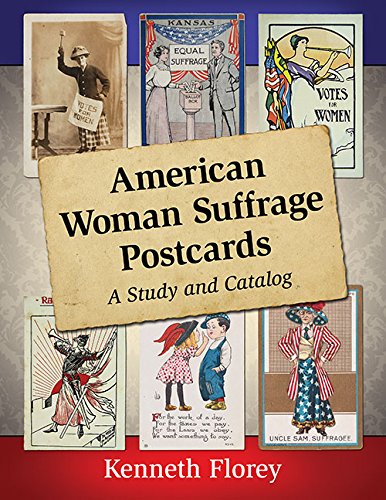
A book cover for American Woman Suffrage Postcards: A Study and Catalog; Kenneth Florey; Gay & Lesbian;